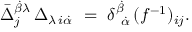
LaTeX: \bar { \Delta } _ { j } ^ { \dot { \beta } \lambda } \, \Delta _ { \lambda \, i \dot { \alpha } } \ = \ \delta _ { \ \dot { \alpha } } ^ { \dot { \beta } } \, ( f ^ { - 1 } ) _ { i j } .